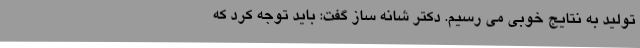
تولید به نتایج خوبی می ‌رسیم. دکتر شانه‌ ساز گفت: باید توجه کرد که